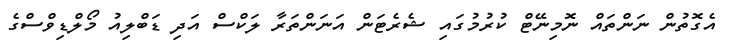
އެގޮތުން ނަންތައް ނޮމިނޭޓް ކުރުމުގައި ޝެރެޓަން އަނަންތަރާ ލަކްސް އަދި ޑަބްލިއު މޯލްޑިވްސްގެ